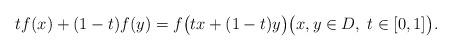
LaTeX: \begin{align*} tf(x)+(1-t)f(y)=f\bigl(tx+(1-t)y\bigr)\big(x,y\in D,\;t\in[0,1]\big).\end{align*}